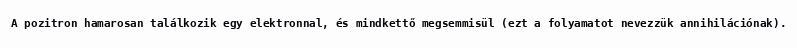
A pozitron hamarosan találkozik egy elektronnal, és mindkettő megsemmisül (ezt a folyamatot nevezzük annihilációnak).